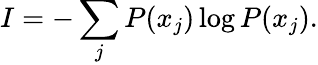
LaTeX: I=-\sum_{j}P(x_{j})\log P(x_{j}).